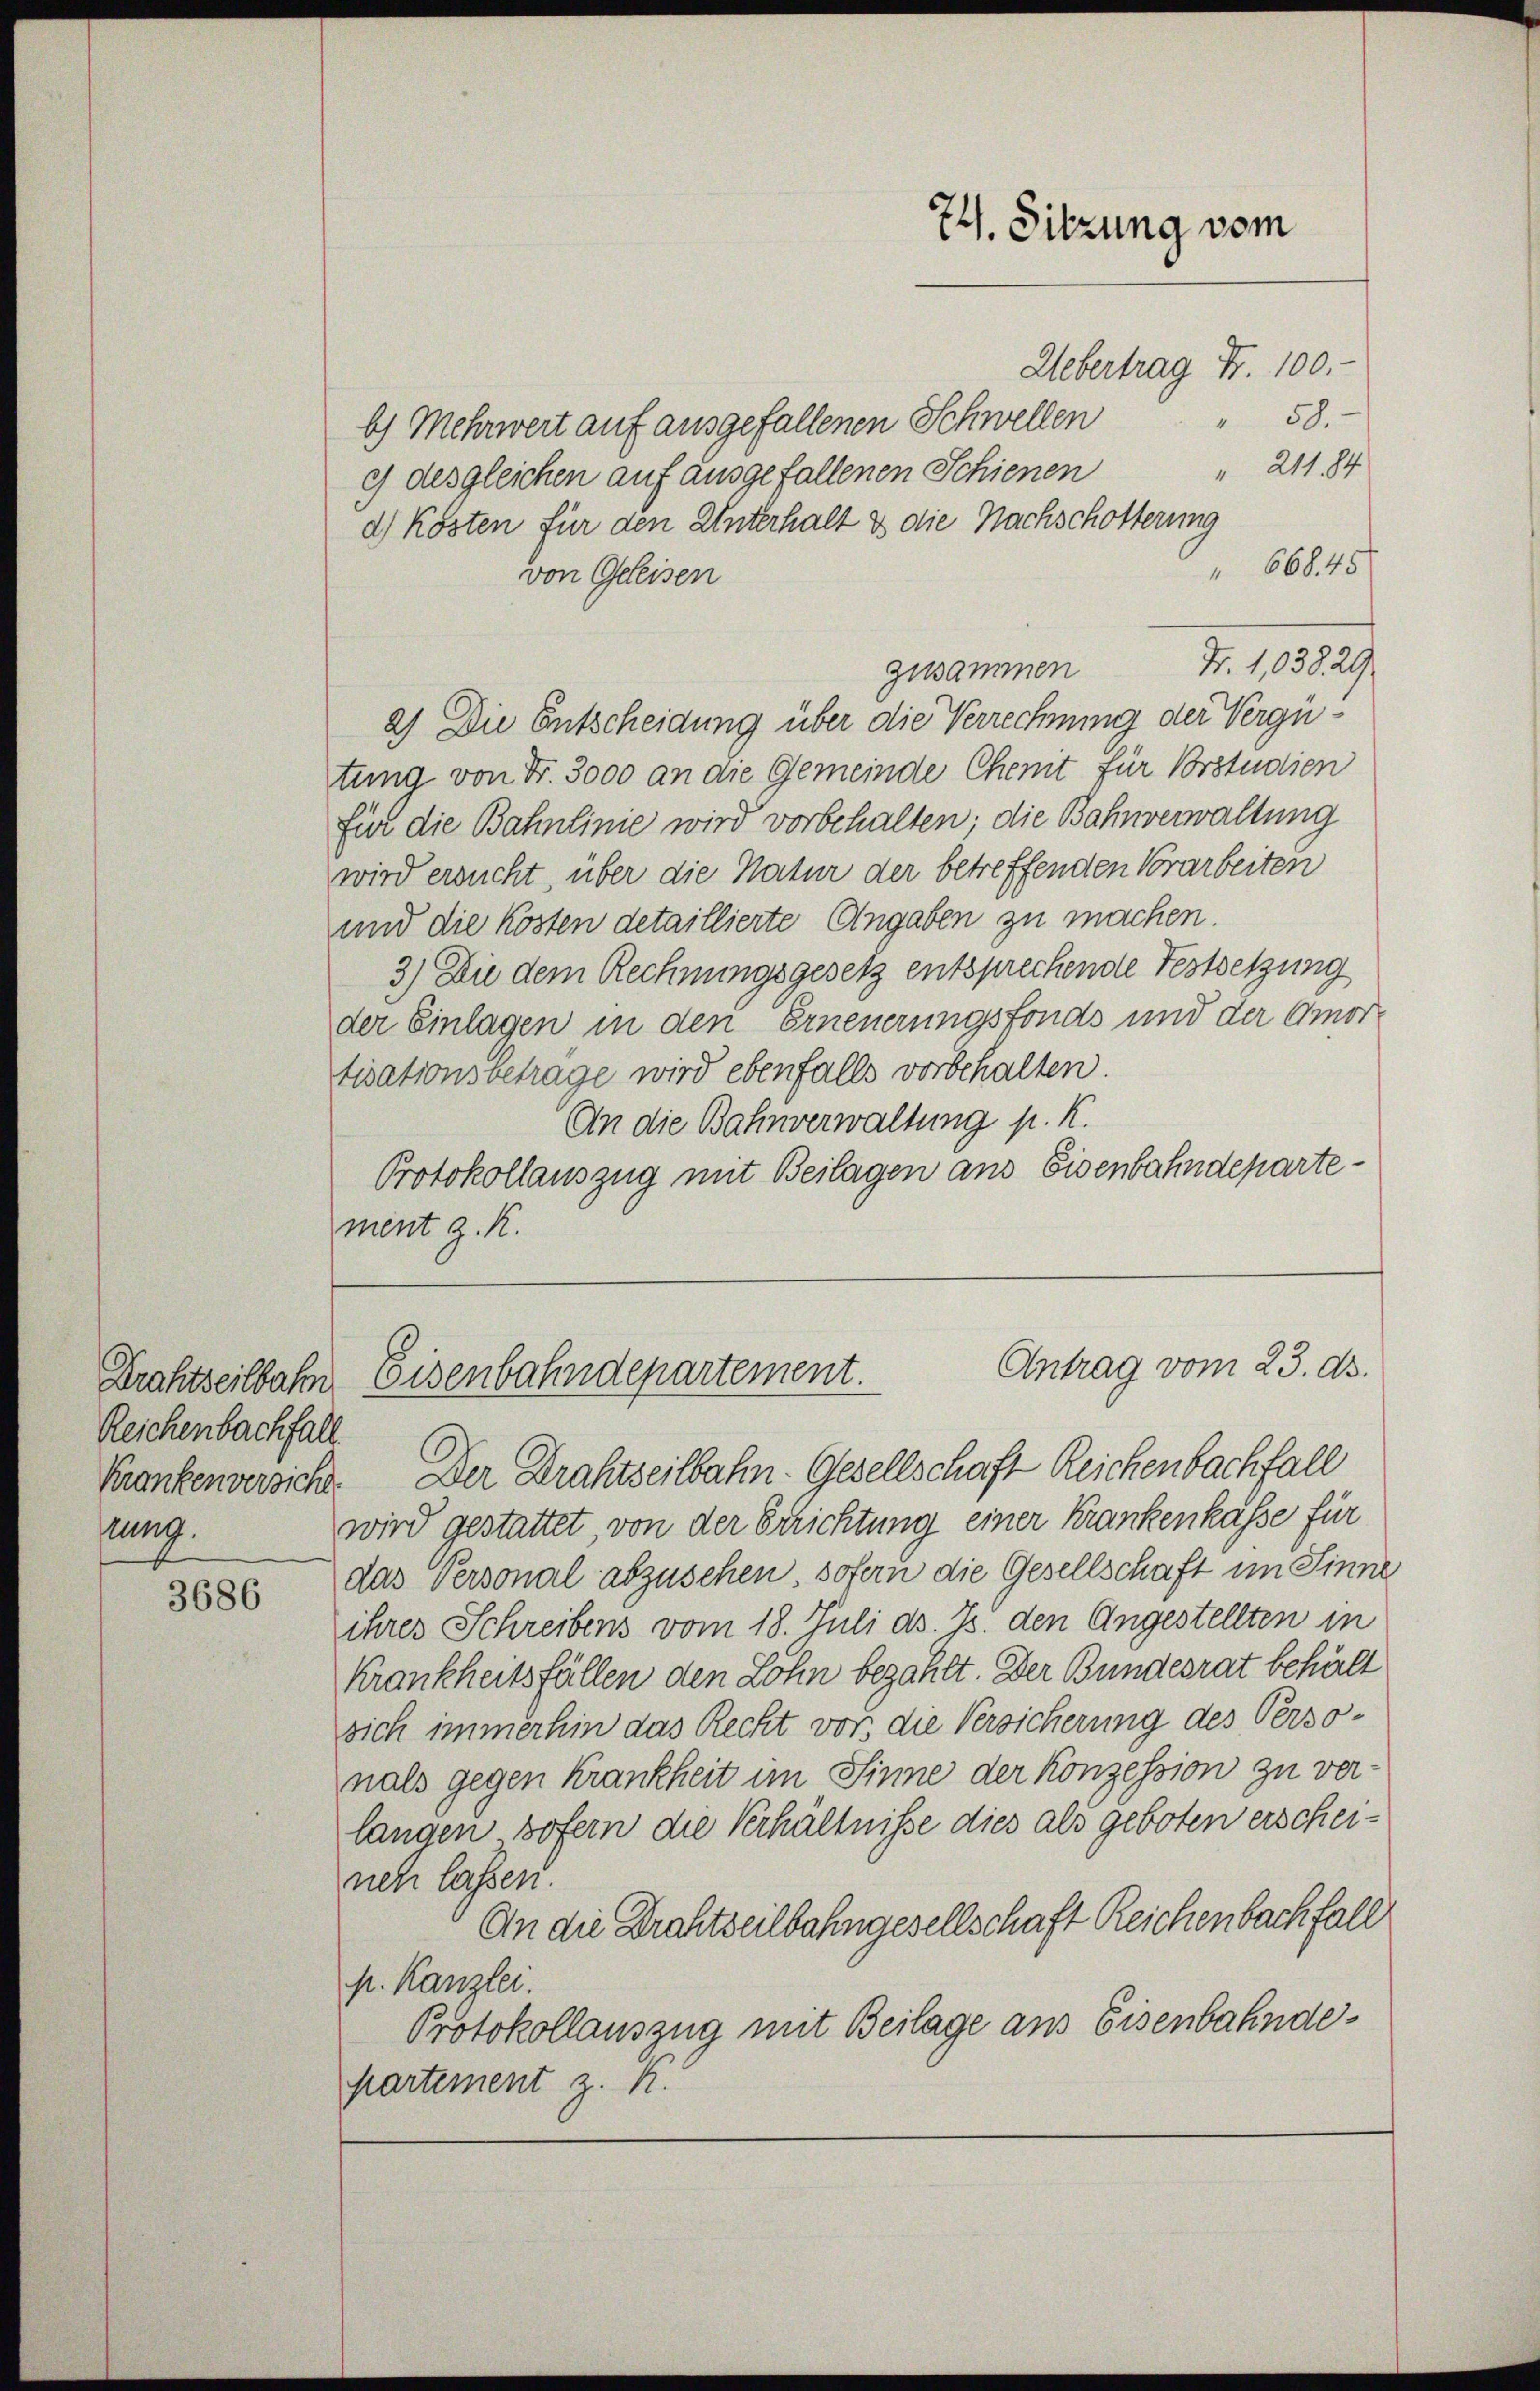
Drahtzeitbahn
Reichenbachfall
lung.

3686

Uebertrag Fr. 100.-
58.
4
b) Mehrwert auf ausgefallenen Schwellen
" 211.84
c desgleichen auf ausgefallenen Schienen
d) Kosten für den Unterhalt & die Nachschotterung
" 668. 45
von Geleisen
Fr. 103829
zusammen
2) Die Entscheidung über die Verrechnung der Vergütung von Fr. 3000 an die Gemeinde Chenit für Vorstudien
für die Bahnlinie wird vorbehalten; die Bahnverwaltung
wird ersucht, über die Natur der betreffenden Vorarbeiten
und die Kosten detaillierte Angaben zu machen.
3) Die dem Rechnungsgesetz entsprechende Festsetzung
der Einlagen in den Erneuerungsfonds und der Amor-
tisationsbetrage wird ebenfalls vorbehalten.
An die Bahnverwaltung p. K.
Protokollauszug mit Beilagen aus Eisenbahndepartement z. K.

Antrag vom 23. ds.
Eisenbahndepartement.

Krankenversicht. Der Drahtzeitbahn- Gesellschaft Reichenbachfall
wird gestattet, von der Errichtung einer Krankenkasse für
das Personal abzusehen, sofern die Gesellschaft im Sinne
ihres Schreibens vom 18. Juli d. Js. den Angestellten in
Krankheitsfällen den Lohn bezahlt. Der Bundesrat behält
sich immerhin das Recht vor, die Versicherung des Personals gegen Krankheit im Sinne der Konzession zu verlangen sofern die Verhältnisse dies als geboten erscheineh lassen.
An die Drahtseilbahngesellschaft Reichenbach fall
p. Kanzlei.
Protokollauszug mit Beilage aus Eisenbahndepartement z. K.

74. Sitzung vom